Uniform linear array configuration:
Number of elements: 64
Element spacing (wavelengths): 1
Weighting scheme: hamming
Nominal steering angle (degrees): -15
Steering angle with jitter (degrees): -13.588
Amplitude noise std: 0.05
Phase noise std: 0.05

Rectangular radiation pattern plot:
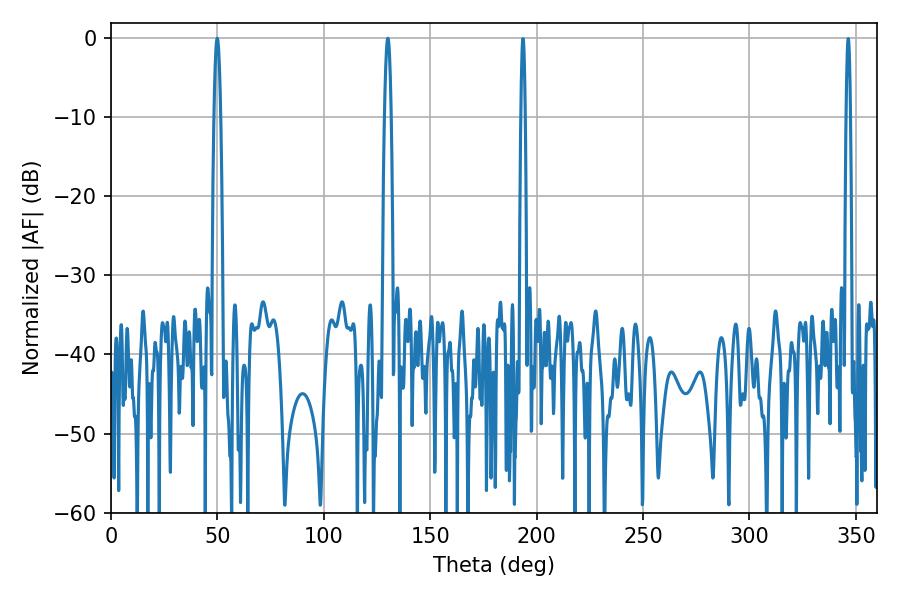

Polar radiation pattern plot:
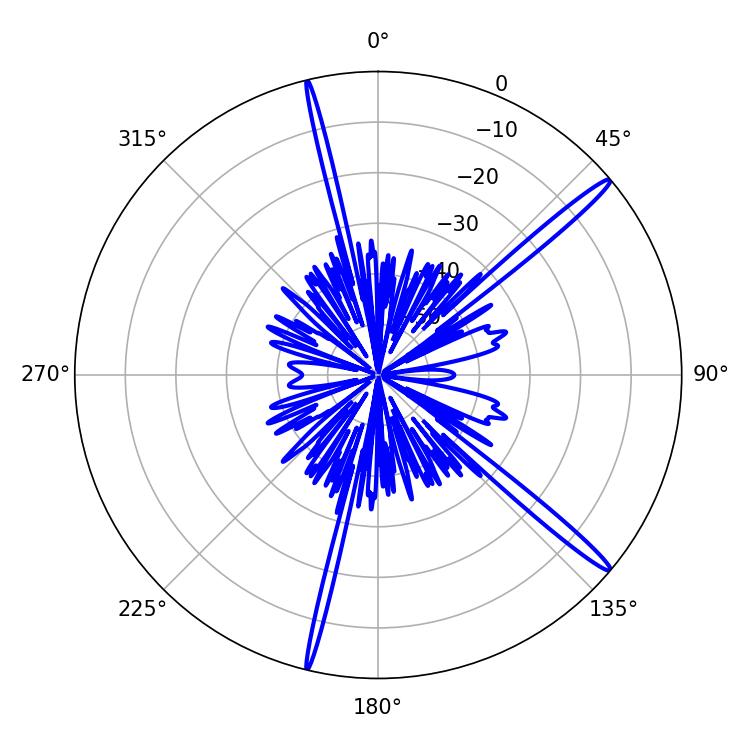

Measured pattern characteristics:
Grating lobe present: TRUE
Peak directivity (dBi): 16.889
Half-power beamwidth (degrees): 1.62
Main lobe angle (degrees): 49.86